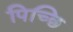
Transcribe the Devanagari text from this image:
पिच्छि